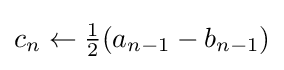
c_{n}\leftarrow {\tfrac {1}{2}}(a_{n-1}-b_{n-1})